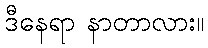
ဒီနေရာ နာတာလား။